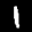
Label: 1